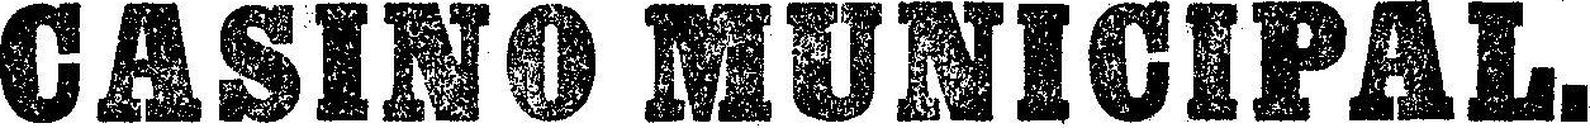
CASINO MUNICIPAL.